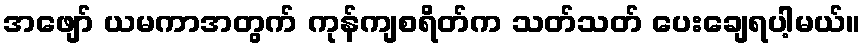
အဖျော် ယမကာအတွက် ကုန်ကျစရိတ်က သတ်သတ် ပေးချေရပါ့မယ်။